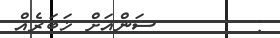
:        ސަންއަށް ޚަބަރެއް